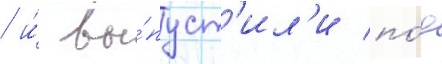
/ и́ вы́пуст'ил'и по́д